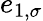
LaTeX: e_{1,\sigma}